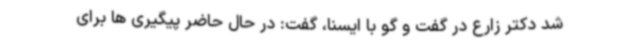
شد دکتر زارع در گفت و گو با ایسنا، گفت: در حال حاضر پیگیری ها برای